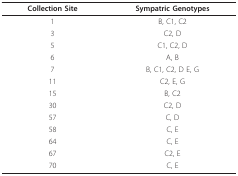
<table><thead><tr><td><b>Collection Site</b></td><td><b>Sympatric Genotypes</b></td></tr></thead><tbody><tr><td>1</td><td>B, C1, C2</td></tr><tr><td>3</td><td>C2, D</td></tr><tr><td>5</td><td>C1, C2, D</td></tr><tr><td>6</td><td>A, B</td></tr><tr><td>7</td><td>B, C1, C2, D E, G</td></tr><tr><td>11</td><td>C2, E, G</td></tr><tr><td>15</td><td>B, C2</td></tr><tr><td>30</td><td>C2, D</td></tr><tr><td>57</td><td>C, D</td></tr><tr><td>58</td><td>C, E</td></tr><tr><td>64</td><td>C, E</td></tr><tr><td>67</td><td>C2, E</td></tr><tr><td>70</td><td>C, E</td></tr></tbody></table>